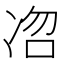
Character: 𭂐